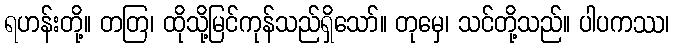
ရဟန်းတို့။ တတြ၊ ထိုသို့မြင်ကုန်သည်ရှိသော်။ တုမှေ၊ သင်တို့သည်။ ပါပကဿ၊